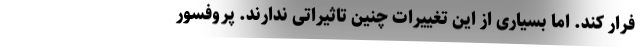
فرار کند. اما بسیاری از این تغییرات چنین تاثیراتی ندارند. پروفسور